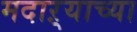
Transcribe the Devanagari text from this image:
मदाऱ्याच्या